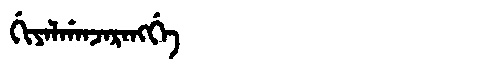
Manchu: ᡤᡳᠶᠠᠯᡤᠠᠨᠵᠠᡵᠠᠩᡤᡝ
Romanization: GIYALGANJARANGGE